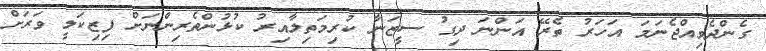
ގެންދެވިއްޖެނަމަ އަހަރު ތެރޭ އަންނަ ދިގު ސީޒަނާ ކުރިމަތިލާއިރު ކުޅުންތެރިންނަށް ފިޒިކަލީ ވަރަށް